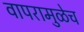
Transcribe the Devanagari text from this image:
वापरामुळेच